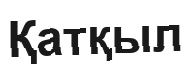
Қатқыл